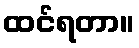
ထင်ရတာ။